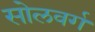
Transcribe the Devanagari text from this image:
सोलवर्ग